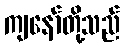
ကျနော်တို့သည်